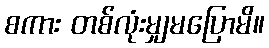
စကား တစ်လုံးမျှမပြောမိ။